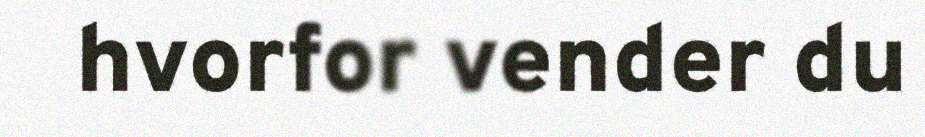
hvorfor vender du